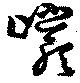
巗